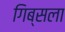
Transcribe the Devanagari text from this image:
गिब्सला